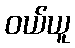
ဝယ်ယူ